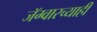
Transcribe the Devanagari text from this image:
जॅग्वारच्याही